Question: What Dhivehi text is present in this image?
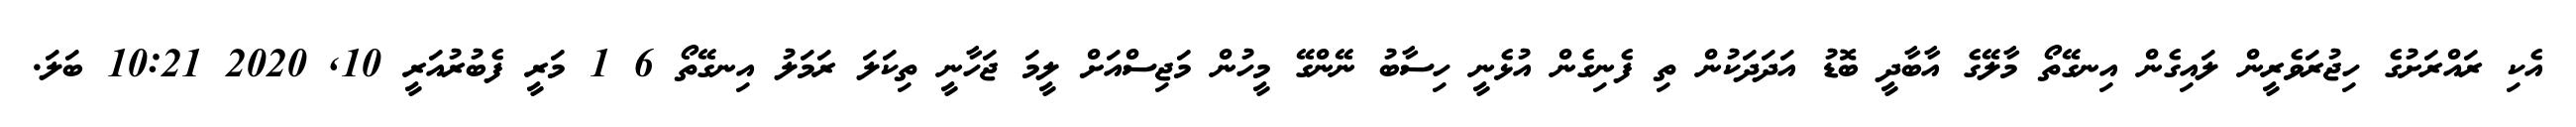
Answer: އެކި ރައްރަށުގެ ހިޖުރަވެރީން ލައިގެން އިނގޭތޯ މާލޭގެ އާބާދީ ބޮޑު އަދަދަކުން ތި ފެނިގެން އުޅެނީ ހިސާބު ނޭންގޭ މީހުން މަޖިސްއަށް ލީމަ ޖަހާނީ ތިކަލަ ރަމަލު އިނގޭތޯ 6 1 މަރީ ފެބުރުއަރީ 10, 2020 10:21 ބަލަ.